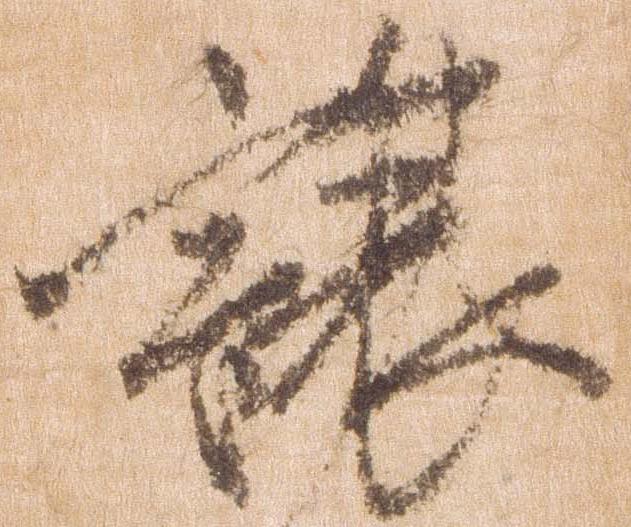
譲